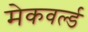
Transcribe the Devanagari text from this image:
मेकवर्ल्ड